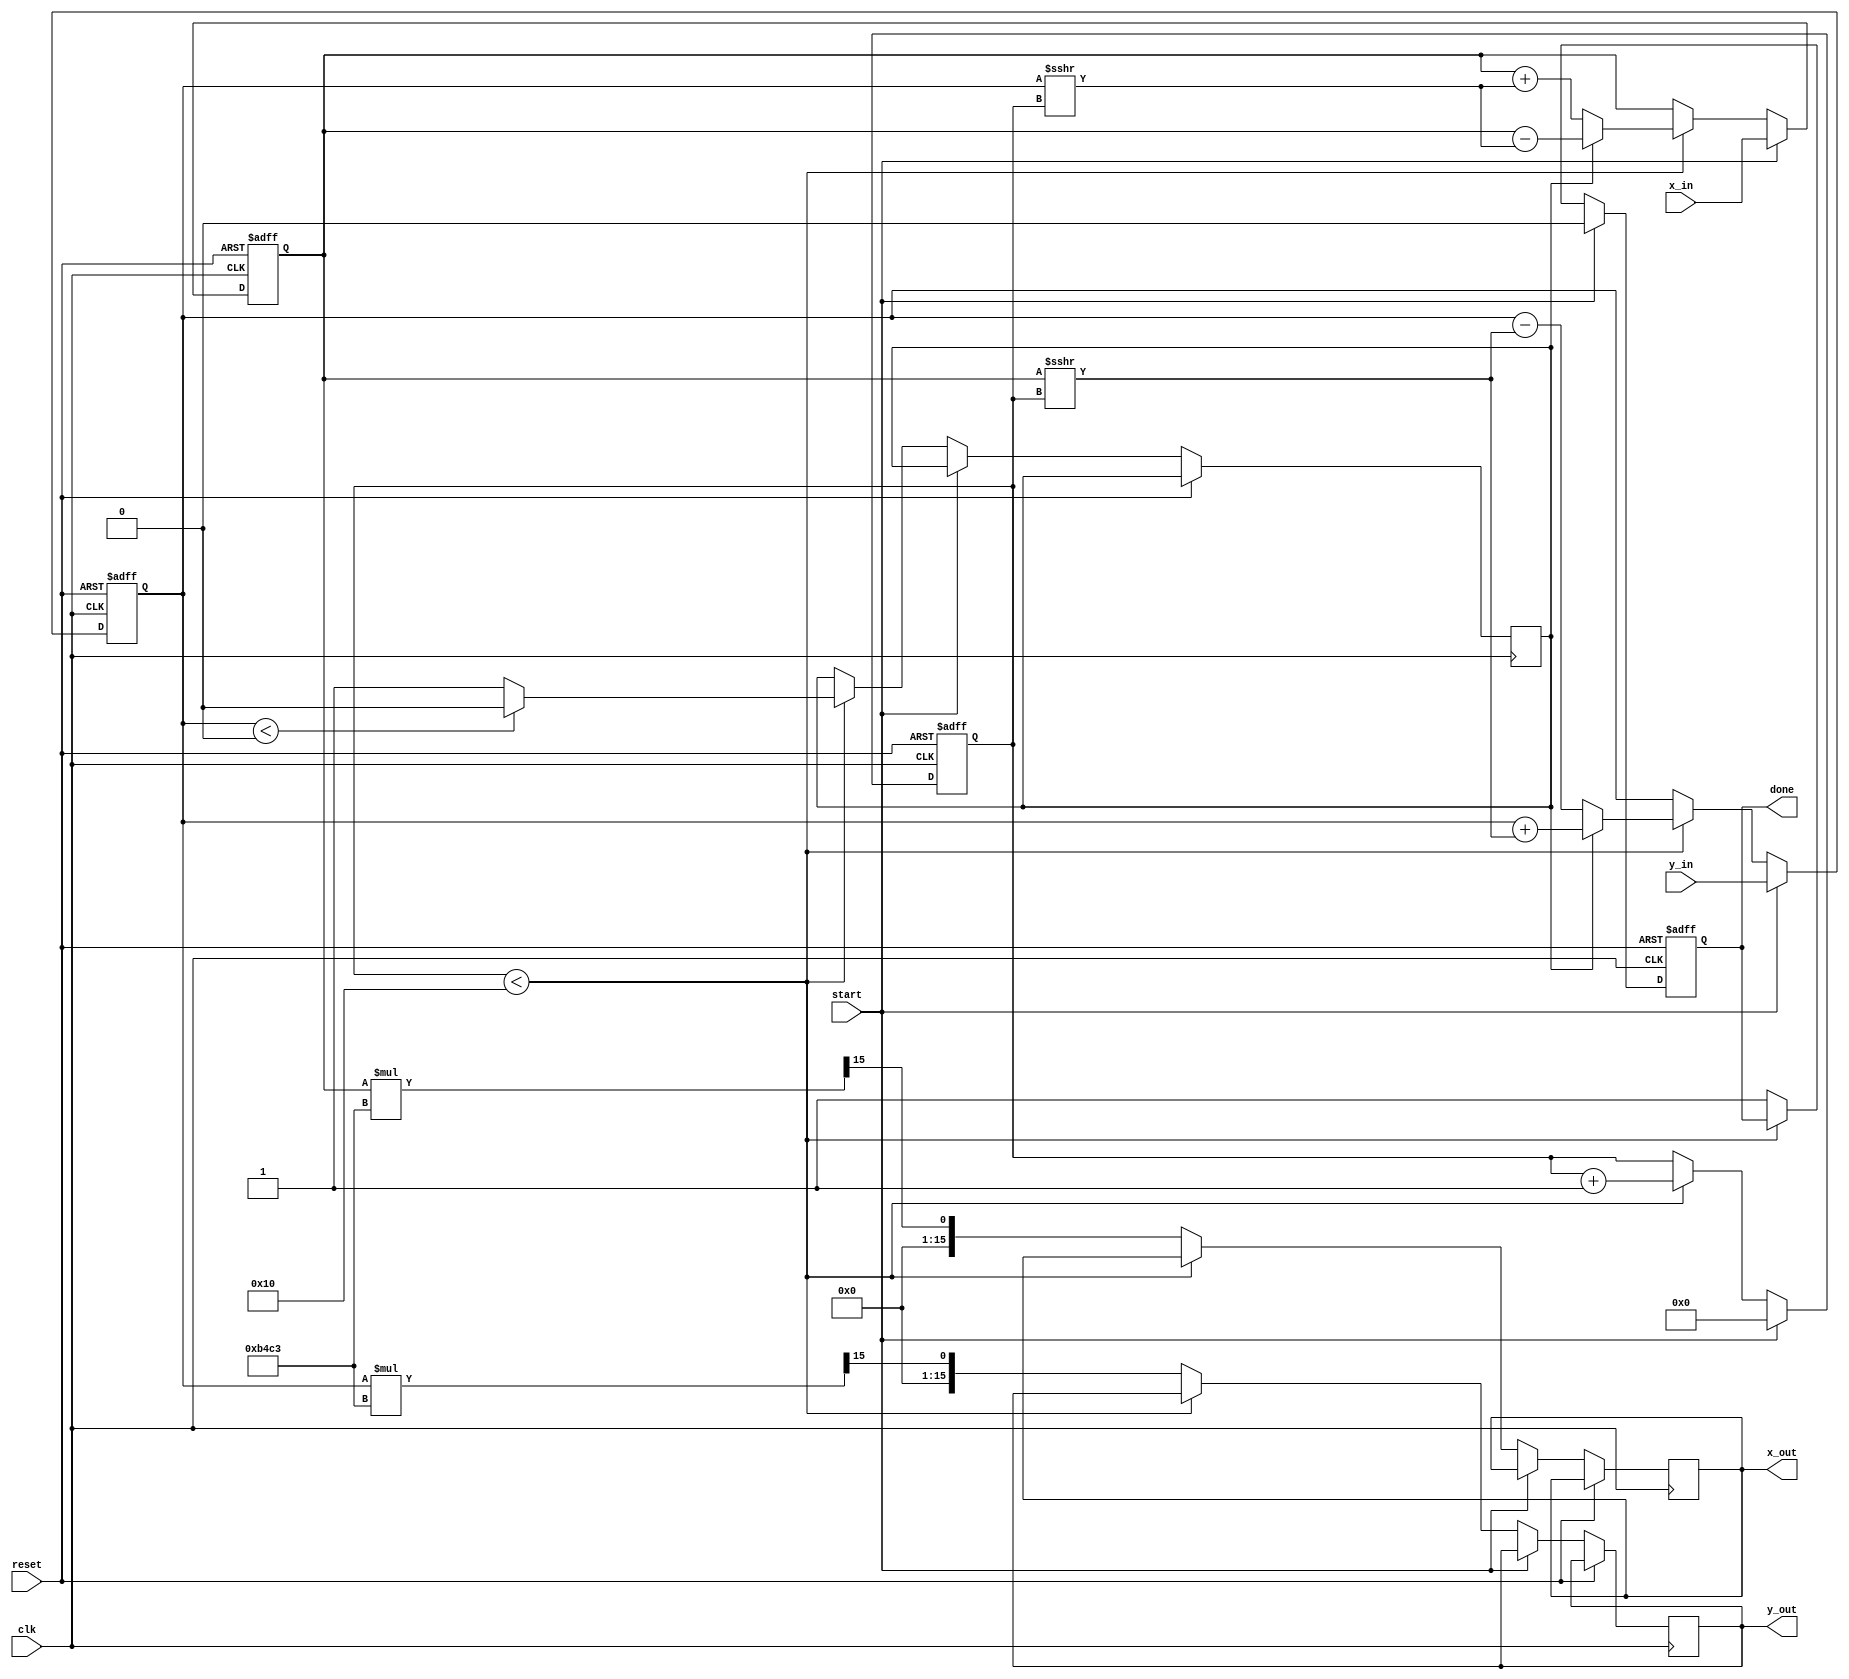
module complex_cordic #(parameter N = 16, // Number of iterations
                        parameter DATA_WIDTH = 16, // Width of input/output data
                        parameter K = 16'hB4C3) // Scaling factor (fixed point)
(
    input clk,
    input reset,
    input start,
    input signed [DATA_WIDTH-1:0] x_in, // Real part input
    input signed [DATA_WIDTH-1:0] y_in, // Imaginary part input
    output reg signed [DATA_WIDTH-1:0] x_out, // Real part output
    output reg signed [DATA_WIDTH-1:0] y_out, // Imaginary part output
    output reg done
);

reg signed [DATA_WIDTH-1:0] x_reg, y_reg;
reg [4:0] iteration; // 5 bits to count up to N
reg signed [DATA_WIDTH-1:0] angle_lut [0:N-1]; // Look-Up Table for angles
reg direction; // 0 for clockwise, 1 for counterclockwise

// Initialize angle LUT (arctan(2^-k) values)
initial begin
    angle_lut[0] = 16'h0000; // atan(1) = 0
    angle_lut[1] = 16'h2000; // atan(0.5) ~ 0.4636
    angle_lut[2] = 16'h1400; // atan(0.25) ~ 0.2450
    // Add more LUT values for higher precision
    // ...
end

// State Machine for CORDIC operation
always @(posedge clk or posedge reset) begin
    if (reset) begin
        iteration <= 0;
        x_reg <= 0;
        y_reg <= 0;
        done <= 0;
    end else if (start) begin
        // Load inputs
        x_reg <= x_in;
        y_reg <= y_in;
        iteration <= 0;
        done <= 0;
    end else if (iteration < N) begin
        // Determine direction
        if (y_reg < 0) begin
            direction <= 0; // Clockwise
        end else begin
            direction <= 1; // Counterclockwise
        end

        // CORDIC rotation equations
        if (direction) begin
            x_reg <= x_reg - (y_reg >>> iteration); // K_k * Y_k
            y_reg <= y_reg + (x_reg >>> iteration); // K_k * X_k
        end else begin
            x_reg <= x_reg + (y_reg >>> iteration); // K_k * Y_k
            y_reg <= y_reg - (x_reg >>> iteration); // K_k * X_k
        end

        // Increment iteration count
        iteration <= iteration + 1;
    end else begin
        // Apply scaling factor
        x_out <= x_reg * K >>> 15; // Adjust for fixed-point scaling
        y_out <= y_reg * K >>> 15; // Adjust for fixed-point scaling
        done <= 1;
    end
end

endmodule